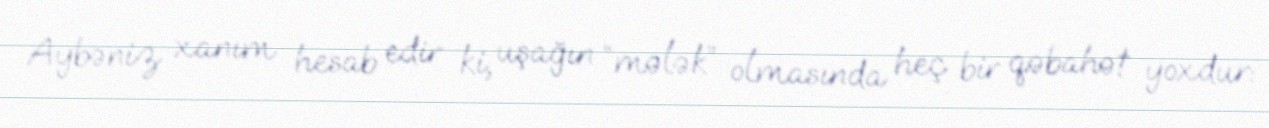
Aybəniz xanım hesab edir ki, uşağın “mələk” olmasında heç bir qəbahət yoxdur: